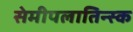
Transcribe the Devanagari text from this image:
सेमीपलातिन्स्क